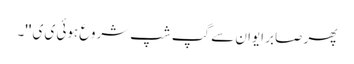
پھر صابر ایوان سے گپ شپ شروع ہوئی ی ی ''۔